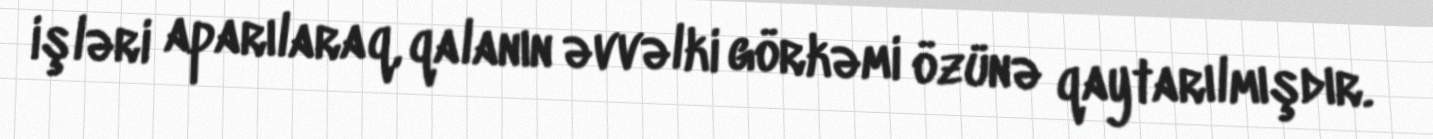
işləri aparılaraq, qalanın əvvəlki görkəmi özünə qaytarılmışdır.